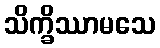
သိက္ခိဿာမသေ